Annual statistical returns and brief notes on vaccination in Bengal - 1887-1898
Year: 1887
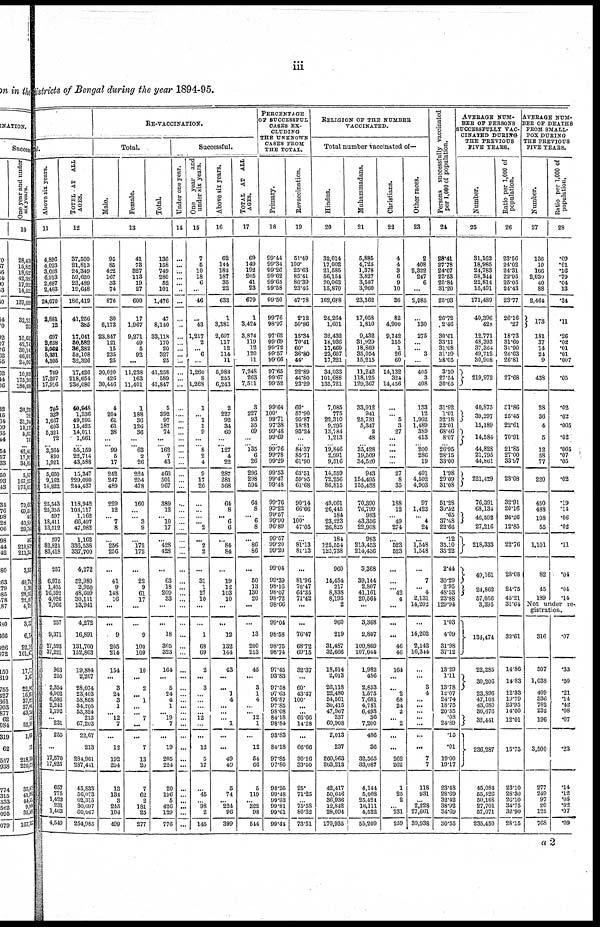
iii
districts of Bengal during the year 1894-95.
ful.
Above six years.
11
4,896
4,023
3,668
6,913
2,687
2,483
24,670
2,881
12
697
2,628
2,062
5,331
4,305
709
17,207
17,916
705
339
1,667
603
5,321
72
... 3,364
830
1,921
5,660
9,162
14,822
25,543
25,355
597
18,411
13,512
597
82,821
83,418
257
6,975
1,405
16,592
4,026
7,966
257
9,371
27,593
37,221
963
255
2,354
4,002
6,586
2,242
1,192
... 231
255
...
17,570
17,825
657
775
1,423
231
1,463
4,549
TOTEL AT ALL
AGES.
12
37,500
21,813
24,349
59,620
23,489
19,648
186,419
41,256
385
17,041
50,582
36,382
58,108
32,326
17,426
218,654
236,080
40,948
1,336
49,595
15,425
14,011
1,661
... 55,159
22,714
43,588
15,347
229,090
244,437
118,942
103,117
1,162
66,497
47,982
1,162
336,538
337,700
4,272
52,980
2,950
48,609
30,111
13,941
4,272
16,891
131,700
152,863
19,884
2,267
28,074
23,403
58,868
34,205
53,324
213
67,203
22,67
213
284,961
287,441
45,833
56,073
62,315
30,697
60,067
254,985
RE-VACCINATION.
Total.
Male.
Female.
Total.
13
95
85
422
167
33
74
876
30
6,173
23,847
121
15
235
25
30,020
426
30,446
4
204
61
61
38
...
... 99
5
17
242
247
489
229
12
... 7
8
...
256
256
...
41
9
148
16
...
...
9
205
214
154
...
3
24
3
1
... 12
7
...
12
192
204
13
134
3
245
104
499
41
73
327
113
19
27
600
17
1,967
9,271
49
5
92
...
11,238
163
11,401
1
188
36
126
36
...
... 63
2
26
224
254
478
160
...
... 3
9
...
172
172
...
22
9
61
17
...
...
9
100
109
10
...
2
... 1
...
...
7
...
...
7
13
20
7
62
2
181
25
277
136
158
749
280
52
101
1,476
47
8,140
33,118
170
20
327
25
41,258
589
41,847
5
392
97
187
74
...
... 162
7
43
466
501
967
389
12
... 10
17
...
428
428
...
63
18
209
33
...
...
18
305
323
164
...
5
24
4
1
... 19
7
...
19
205
224
20
196
5
426
129
776
Successful.
Under one year.
14
...
...
...
...
...
...
...
...
...
...
...
...
...
...
...
...
...
...
....
...
...
...
...
... ...
...
...
...
...
...
...
...
...
...
...
...
...
...
...
...
...
...
...
...
...
...
...
...
...
...
...
...
...
...
...
...
...
...
...
...
...
...
...
...
...
...
...
One year and
under six years.
15
7
5
10
18
6
...
46
...
43
1,217
2
... 6
...
1,260
8
1,268
1
... 1
1
9
...
... 8
2
4
9
17
26
...
...
... ... 2
...
2
2
...
31
1
27
10
...
...
1
68
69
2
...
3
...
...
... ...
12
...
...
12
5
17
...
45
... 98
2
145
Above six years.
16
62
144
182
187
35
23
633
1
3,381
2,607
117
12
114
11
5,988
255
6,243
2
227
92
34
60
...
... 127
4
22
287
281
568
64
8
... 6
6
...
84
84
...
19
12
103
10
...
...
12
132
144
43
...
... 1
4
...
...
... 1
...
...
49
49
5
74
... 224
96
399
TOTAL AT ALL
AGES.
17
69
149
192
205
41
23
679
1
3,424
3,824
119
12
120
11
7,248
263
7,511
3
227
93
35
69
...
... 135
6
26
296
298
594
64
8
... 6
8
...
86
86
...
50
13
130
20
...
...
13
200
213
45
...
3
1
4
...
... 12
1
...
12
54
66
5
119
... 322
98
544
PERCENTAGE
OF SUCCESSFUL
CASES EX-
CLUDING
THE UNKNOWN
CASES FROM
THE TOTAL.
Primary.
18
99.44
99.34
99.26
99.62
99.65
99.58
99.50
99.76
98.97
97.62
99.69
99.72
99.57
99.66
97.65
99.67
99.52
99.64
100.
99.71
97.38
99.48
99.69
... 99.76
99.78
99.29
99.53
99.47
99.48
99.76
99.22
99.57
99.90
96.89
99.57
99.20
99.20
99.04
99.39
98.16
98.07
98.72
98.66
99.04
98.58
98.75
98.74
97.45
93.83
97.58
97.63
96.87
97.85
98.08
84.18
98.84
93.83
84.18
97.85
97.80
98.25
99.48
99.93
99.81
99.61
99.44
Revaccination.
19
51.49
100.
25.63
85.41
80.39
23.46
47.78
2.12
50.86
15.34
70.41
60.
36.80
44.
22.89
44.80
23.29
60.
57.90
95.87
18.81
93.24
...
... 84.37
85.71
61.90
63.51
59.95
61.68
90.14
66.66
... 100.
47.05
...
81.13
81.13
...
81.96
76.47
64.35
71.42
...
...
76.47
68.72
69.15
32.37
...
60.
43.47
100.
... ...
66.66
14.28
...
66.66
30.16
33.50
25.
71.25
... 75.58
80.32
73.51
RELIGION OF THE NUMBER
VACCINATED.
Total number vaccinated of—
Hindus.
20
32,014
17,002
21,585
56,154
20,063
15,870
162,698
24,264
1,601
32,432
18,936
17,660
23,607
17,221
34,033
101,688
135,721
7,085
775
22,310
9,295
13,784
1,213
... 19,846
2,991
9,516
14,559
72,256
86,815
49,061
26,445
184
23,223
26,825
184
125,554
125,738
960
14,454
217
8,838
8,195
2
960
219
31,487
32,666
18,514
2,013
26,118
22,480
54,561
30,415
47,967
237
60,908
2,013
237
260,963
263,213
42,417
50,646
36,936
12,842
28,094
170,935
Muhammadans.
21
5,885
4,725
1,378
3,827
3,587
3,960
23,362
17,058
1,810
9,432
31,929
18,869
35,054
15,215
11,242
118,125
129,367
33,912
941
25,731
5,347
2
48
... 35,428
19,509
34,520
943
154,495
155,438
70,390
76,799
983
43,356
22,908
983
213,453
214,436
3,368
39,144
2,807
41,161
20,564
...
3,368
2,807
100,869
107,044
1,982
486
2,853
1,575
7,681
4,781
6,493
36
7,200
486
36
32,565
33,087
4,144
5,008
25,424
16,111
4,522
55,209
Christians.
23
4
4
3
6
9
10
36
82
4,990
9,142
155
1
26
60
14,132
324
14,456
...
... 5
3
27
...
... ...
...
...
27
8
35
188
12
... 49
274
...
523
523
...
...
... 42
4
...
...
...
46
46
164
...
... 2
68
24
2
... 2
...
...
262
262
1
25
2
... 231
259
Other races.
23
2
408
2,322
247
6
...
2,985
...
130
275
...
... 3
...
405
3
408
133
12
1,962
1,489
389
413
... 200
286
19
401
4,502
4,903
97
1,423
... 4
24
...
1,548
1,548
...
7
... 4
2,131
14,202
...
14,202
2,142
16,344
...
...
3
4
...
...
...
...
...
...
...
7
7
118
931
...
2,228
27,661
30,938
Persons successfully vaccinated
per 1,000 of population.
24
28.41
27.78
24.07
23.53
25.84
31.20
25.93
26.72
2.46
30.61
33.11
31.08
31.19
28.05
3.10
27.54
30.65
31.92
1.01
32.18
23.01
68.46
8.07
... 26.95
28.15
33.00
1.98
29.09
31.08
51.28
30.52
.65
37.48
22.66
.12
35.10
35.22
2.44
30.29
2.95
48.53
23.88
129.94
1.03
4.09
31.98
37.12
13.29
1.11
13.78
12.07
24.74
18.75
20.35
.08
24.89
.15
.01
19.00
19.17
23.48
28.69
32.42
38.92
34.69
30.55
AVERAGE NUM¬
BER OF PERSONS
SUCCESSFULLY VAC-
CINATED DURING
THE PREVIOUS
FIVE YEARS.
Number.
25
31,162
18,985
24,783
58,344
22,814
15,401
171,489
40,396
428
12,771
48,393
37,364
49,712
30,908
219,972
40,875
39,297
15,189
14,584
44,828
21,795
44,861
221,429
76,391
68,134
46,592
27,216
218,333
49,161
24,862
57,056
3,395
134,474
22,285
30,206
23,896
47,103
43,680
36,676
32,441
236,287
45,084
55,426
50,168
27,701
57,071
235,450
Ratio per 1,000 of
population.
26
23.56
24.02
24.31
22.95
25.05
24.43
23.77
26.16
.27
18.73
31.60
31.90
26.63
26.81
27.68
31.86
25.45
22.61
70.91
21.85
27.00
33.97
28.08
32.91
20.16
26.26
12.85
22.76
28.08
24.75
45.21
31.64
32.61
14.86
14.83
12.33
19.79
23.95
14.00
12.01
15.75
23.10
28.30
26.10
34.75
32.90
28.15
AVERAGE NUM.
BER OF DEATHS
FROM SMALL.
POX DURING
THE PREVIOUS
FIVE YEARS.
Number.
27
136
10
166
2,030
40
88
2,464
173
181
37
14
24
9
438
28
36
4
5
12
58
77
220
450
488
108
55
1,101
82
45
189
Ratio per 1,000 of
population.
28
.09
.01
.16
.79
.04
.13
.34
.11
.26
.02
.01
.01
.007
.05
.02
.02
.005
.02
.005
.07
.05
.02
.19
.14
.06
.02
.11
.04
.04
.14
Not under re-
gistration.
316
507
1,038
409
336
782
232
196
3,500
277
249
97
20
125
768
.07
.33
.50
.21
.14
.42
.08
.07
.23
.14
.12
.05
.02
.07
.09
a 2